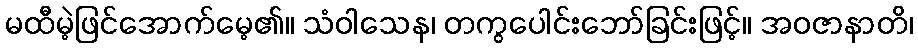
မထီမဲ့ဖြင်အောက်မေ့၏။ သံဝါသေန၊ တကွပေါင်းဘော်ခြင်းဖြင့်။ အဝဇာနာတိ၊